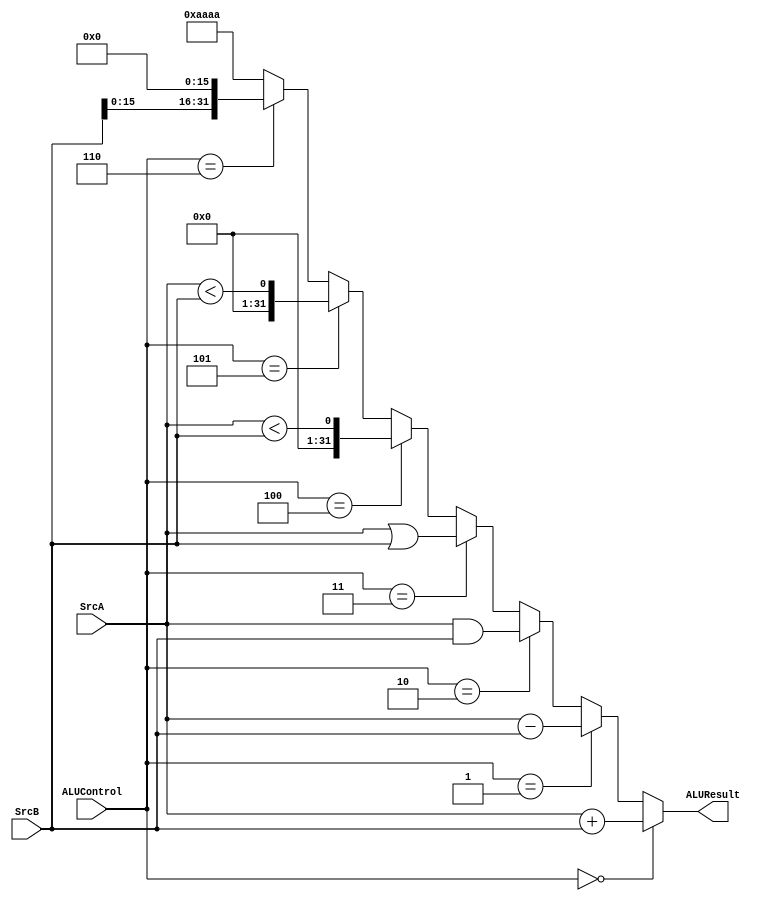
`timescale 1ns / 1ps
`default_nettype none 
module ALU (
    input wire [31:0] SrcA, SrcB,
    input wire [3:0] ALUControl,

    output wire [31:0] ALUResult
);
    reg [31:0] SUMReg, SUBReg, ANDReg, ORReg, ShiftReg, LTReg, LTUReg, LUIReg;
    always @(*) begin
        SUMReg = SrcA + SrcB;
        SUBReg = SrcA - SrcB;
        ANDReg = SrcA & SrcB;
        ORReg = SrcA | SrcB;
        LTReg = $signed(SrcA) < $signed(SrcB);
        LTUReg = $unsigned(SrcA) < $unsigned(SrcB);
        LUIReg = {{SrcB[15:0]}, 16'h0000}; 
    end

    assign ALUResult =  (ALUControl == 4'b0000) ? SUMReg :
                        (ALUControl == 4'b0001) ? SUBReg :
                        (ALUControl == 4'b0010) ? ANDReg :
                        (ALUControl == 4'b0011) ? ORReg :
                        (ALUControl == 4'b0100) ? LTReg :
                        (ALUControl == 4'b0101) ? LTUReg :
                        (ALUControl == 4'b0110) ? LUIReg : 32'haaaa;

endmodule